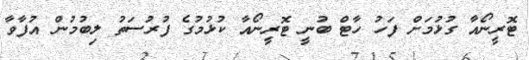
ޓޮރީނޯއާ ގުޅުމަށް ފަހު ހާޓް ބުނީ ޓޮރީނޯއާ ކުޅުމުގެ ފުރުސަތު ލިބުމުން އުފާވާ